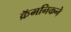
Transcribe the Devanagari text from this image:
क्रॅमनिकने